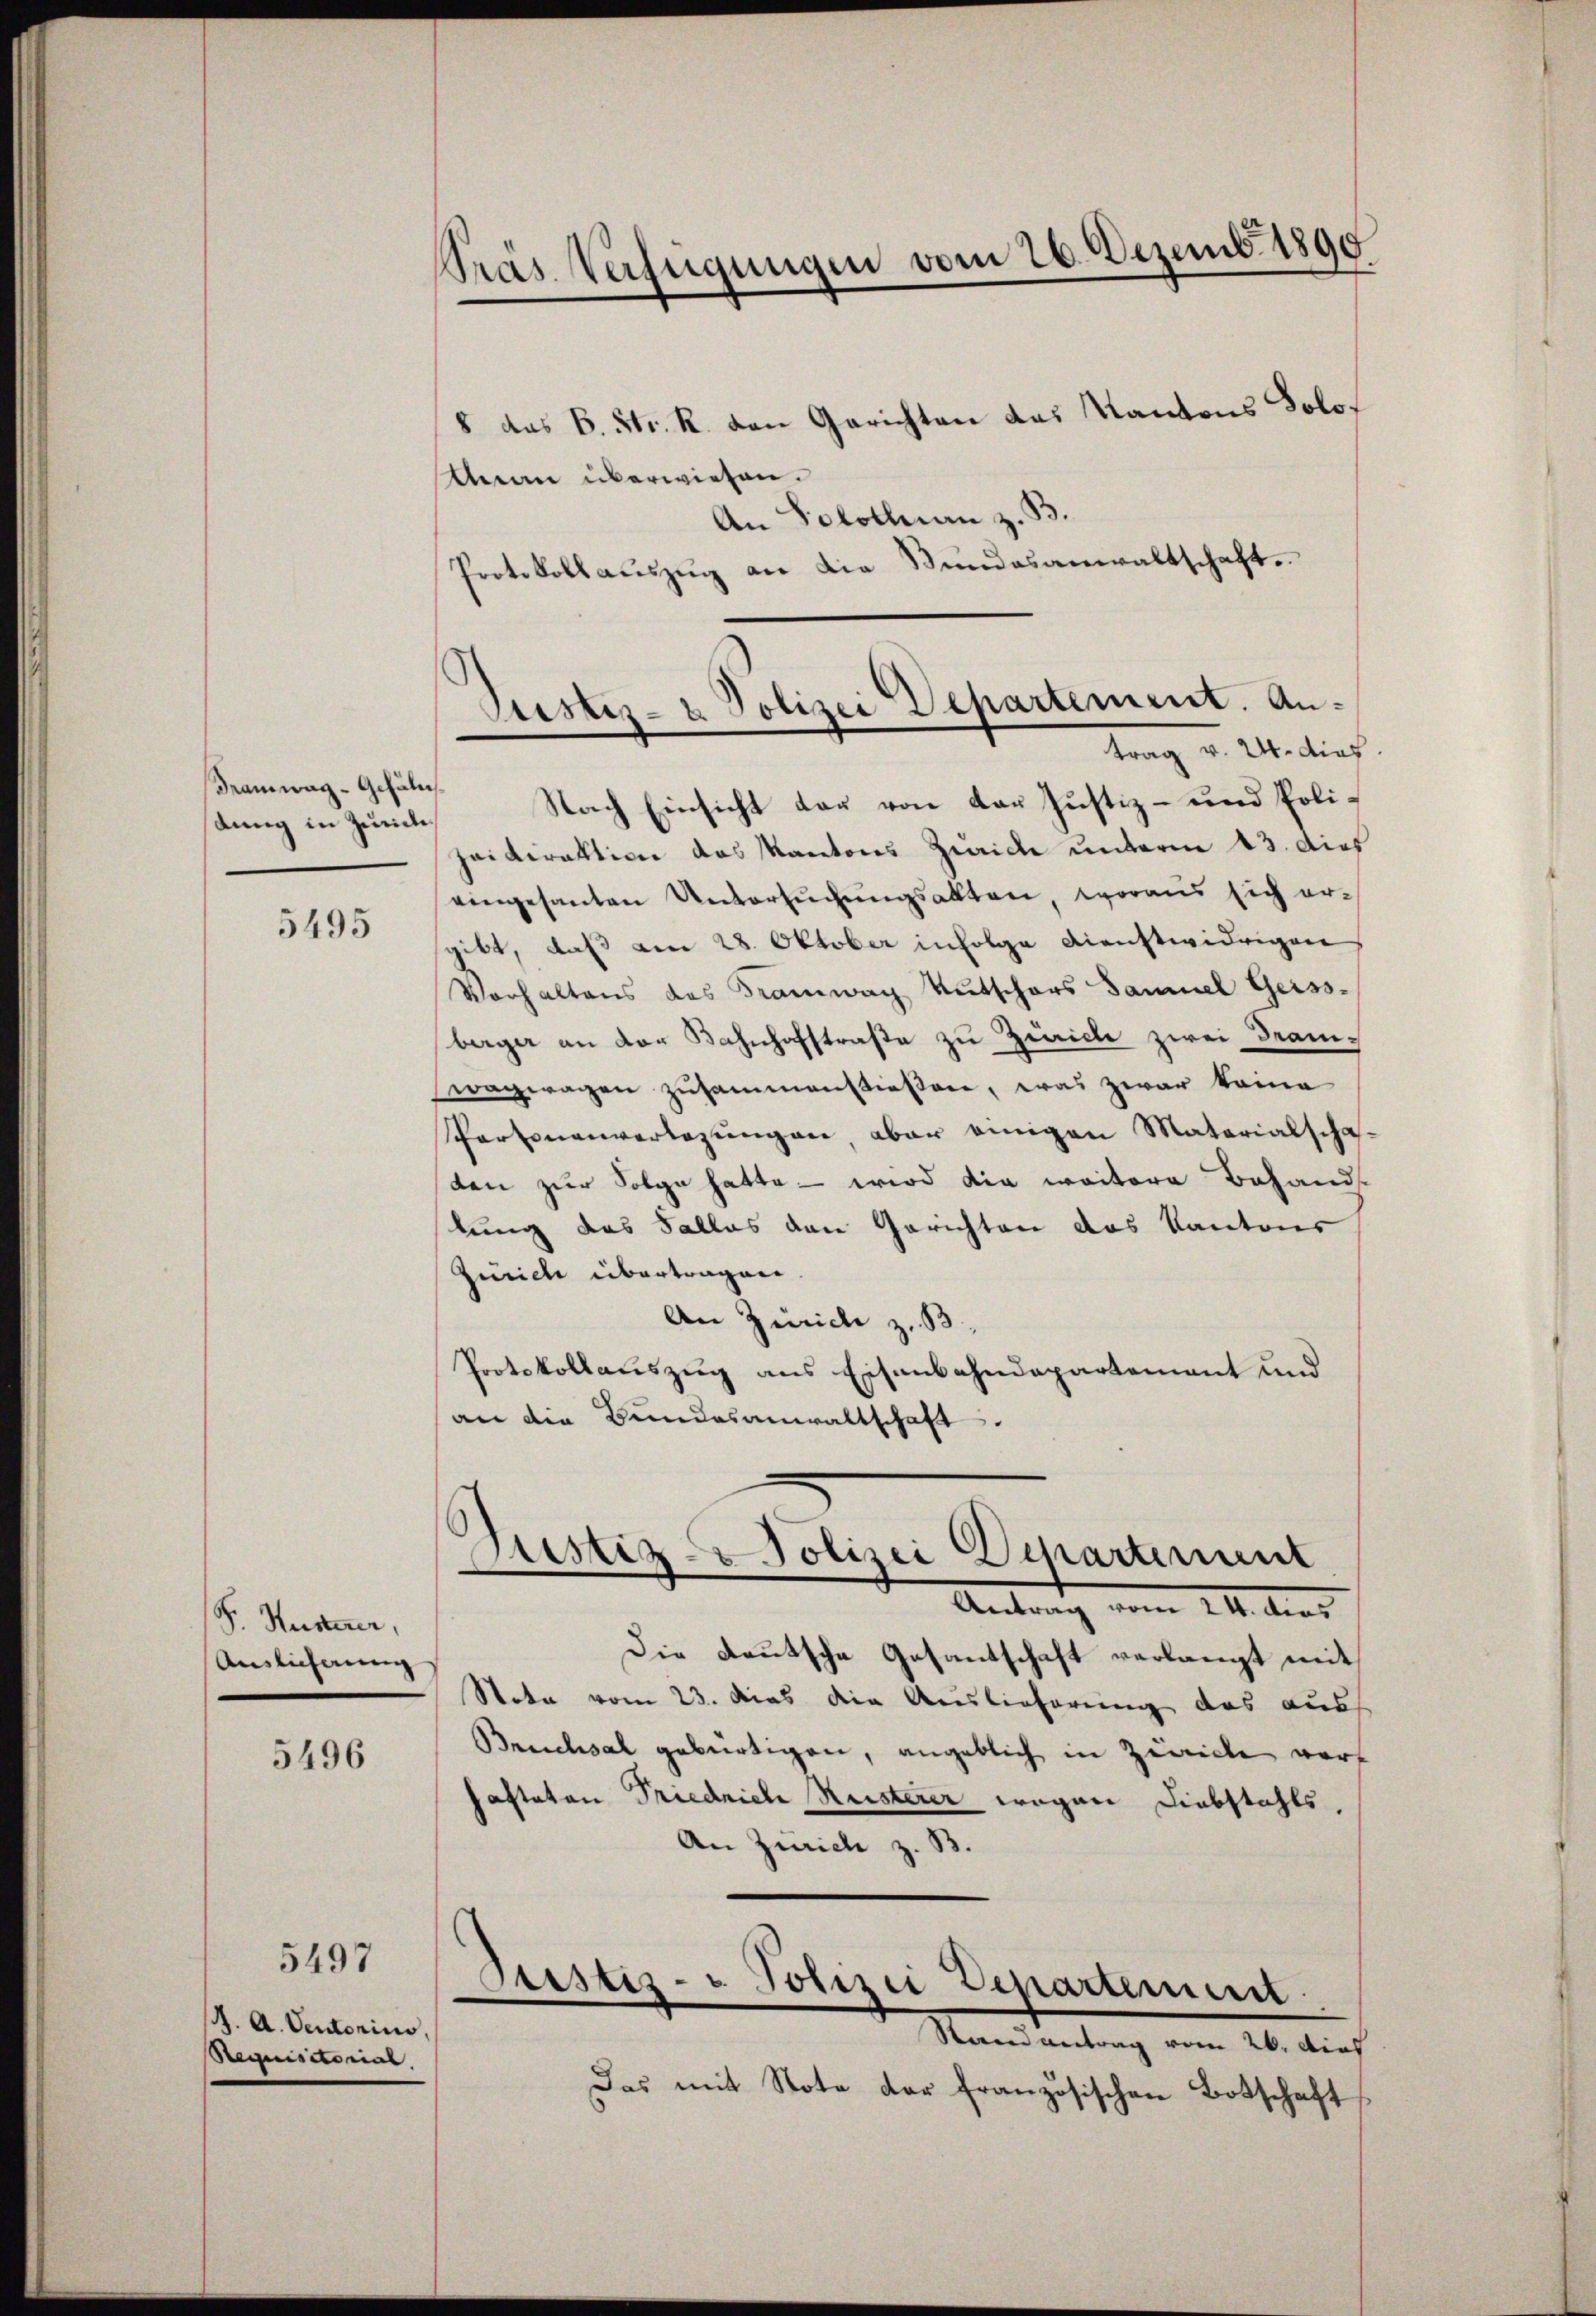
Framwag-Gehälns.
dung in Zürich

5495

S. Husterer,
Auslicherung

5496

5497

d. A. Vectorius,
Requisitorial.

Präs. Verfügungen vom 26. Dezemb. 1890

8 das B. Str. R. den Gerichten das Kantons Solo¬
Mein überwiesen.
An Solothurn z. B.
Protokoll aŭszŭg an die Bŭndesanwaltschaft.

Stistiz- & Polizei Departement. Antrag v. 24. dies

Nach Einsicht der von der Justiz- und Poliheidirektion das Kantons Zürich unterm 13. dies
eingesanten Untersŭchŭngsakten, woraus sich ergibt, daß am 28. Oktober infolge Dienstwidrigen
Vorhaltens des Tramwag Kutschors Samuel Geiss-
berger an der Bahnhofstraße zu Zürich zwei Dramwagwagen zusammenstießene, was zwar keine
Partonenverlegungen aber einigen Materialschaden zur Folge hatte – wird die weitere Behand-
lung das Falles den Gerichten das Kantons
Zürich übertragen
An Zürich z. B.
Protokollauszug aus Eisenbahndepartement und
an die Bundesanwaltschaft.

Antrag vom 14. dies
Die Deutsche Gesantschaft verlangt mit
Stota vom 23. das die Auslieferung das auch
Bruchsal gebürtigen, angeblich in Zeiche vorpastaten Friedrich Reisterer wegen Diebstahls,
An Zürich z. B.
Sistiz- & Polizei Departement
Stand antrag vom 26. dies
Das mit Note der französischen Botschaft

Justiz- Polizei Departement
e